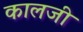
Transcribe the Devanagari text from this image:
कालजी